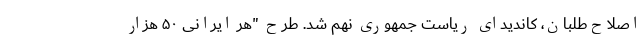
اصلاح‌طلبان، کاندیدای ریاست جمهوری نهم شد. طرح "هر ایرانی ۵۰ هزار